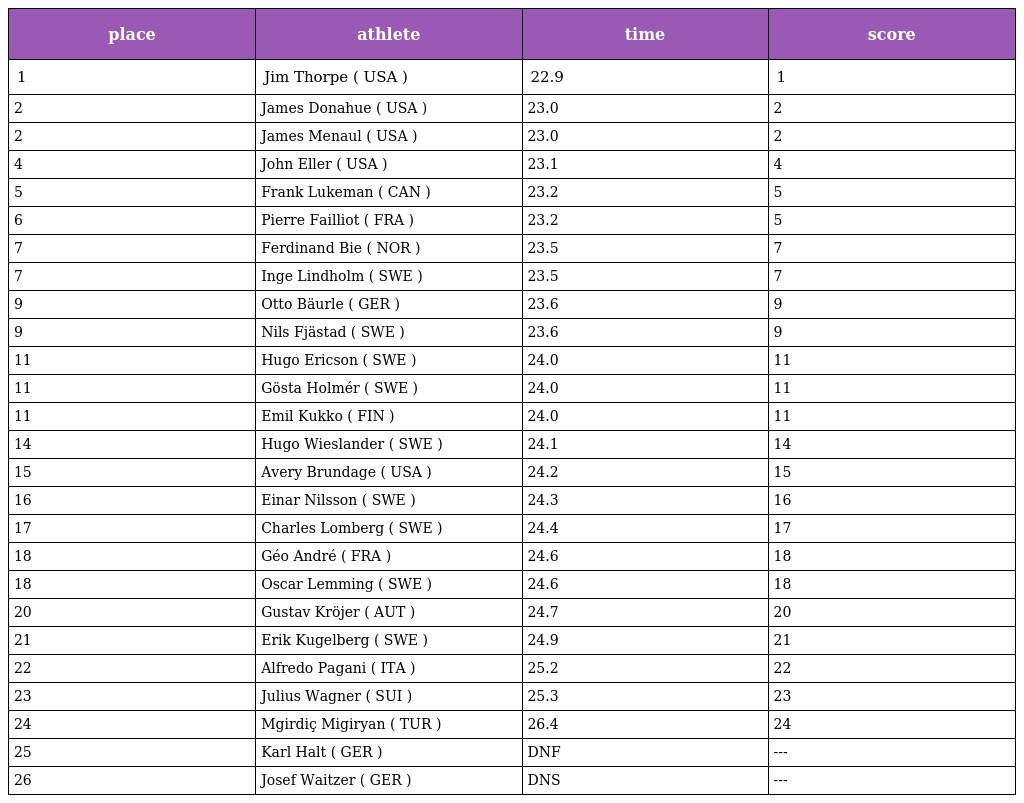
| place | athlete | time | score |
 | --- | --- | --- | --- |
 | 1 | Jim Thorpe ( USA ) | 22.9 | 1 |
 | 2 | James Donahue ( USA ) | 23.0 | 2 |
 | 2 | James Menaul ( USA ) | 23.0 | 2 |
 | 4 | John Eller ( USA ) | 23.1 | 4 |
 | 5 | Frank Lukeman ( CAN ) | 23.2 | 5 |
 | 6 | Pierre Failliot ( FRA ) | 23.2 | 5 |
 | 7 | Ferdinand Bie ( NOR ) | 23.5 | 7 |
 | 7 | Inge Lindholm ( SWE ) | 23.5 | 7 |
 | 9 | Otto Bäurle ( GER ) | 23.6 | 9 |
 | 9 | Nils Fjästad ( SWE ) | 23.6 | 9 |
 | 11 | Hugo Ericson ( SWE ) | 24.0 | 11 |
 | 11 | Gösta Holmér ( SWE ) | 24.0 | 11 |
 | 11 | Emil Kukko ( FIN ) | 24.0 | 11 |
 | 14 | Hugo Wieslander ( SWE ) | 24.1 | 14 |
 | 15 | Avery Brundage ( USA ) | 24.2 | 15 |
 | 16 | Einar Nilsson ( SWE ) | 24.3 | 16 |
 | 17 | Charles Lomberg ( SWE ) | 24.4 | 17 |
 | 18 | Géo André ( FRA ) | 24.6 | 18 |
 | 18 | Oscar Lemming ( SWE ) | 24.6 | 18 |
 | 20 | Gustav Kröjer ( AUT ) | 24.7 | 20 |
 | 21 | Erik Kugelberg ( SWE ) | 24.9 | 21 |
 | 22 | Alfredo Pagani ( ITA ) | 25.2 | 22 |
 | 23 | Julius Wagner ( SUI ) | 25.3 | 23 |
 | 24 | Mgirdiç Migiryan ( TUR ) | 26.4 | 24 |
 | 25 | Karl Halt ( GER ) | DNF | --- |
 | 26 | Josef Waitzer ( GER ) | DNS | --- |